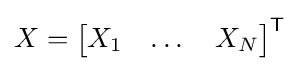
X={\begin{bmatrix}X_{1}&\dots &X_{N}\end{bmatrix}}^{\textsf {T}}